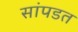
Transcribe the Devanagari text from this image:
सांपडत